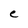
Character: e